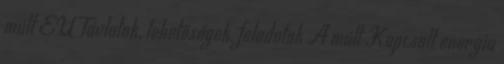
múlt EU Távlatok, lehetőségek, feladatok A múlt Kapcsolt energia